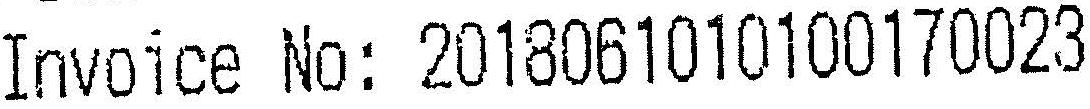
INVOICE NO : 2018061010100170023